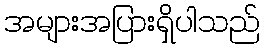
အများအပြားရှိပါသည်